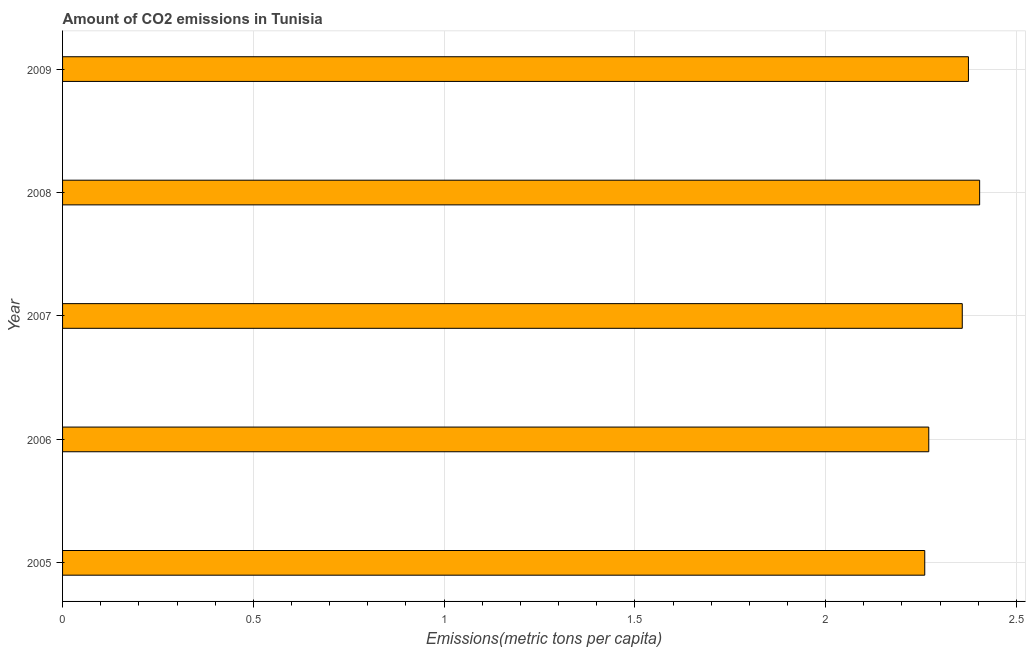
| Year | CO2 emissions |
 | --- | --- |
 | 2005 | 2.26 |
 | 2006 | 2.27 |
 | 2007 | 2.36 |
 | 2008 | 2.4 |
 | 2009 | 2.37 |